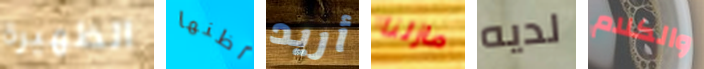
الظهيرة اظنها أريد مازلنا لديه والكلام